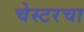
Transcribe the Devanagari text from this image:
चेस्टरचा